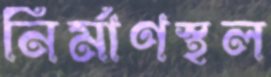
নির্মাণস্থল